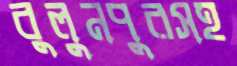
বুলুনপুরসহ